system: You are a helpful assistant.
user:
Analyze the provided spectrum to determine if it is a **"Cataclysmic Variables (CV)"**.

- **Key Indicators for CV (Check for either state):**
    - **State 1: Quiescent / Low-State (Emission-Dominated)**
        - **(Primary):** Strong and *very broad* Hydrogen Balmer emission lines (e.g., $H\alpha$ at 6563 Å, $H\beta$ at 4861 Å). The 'broadness' (high velocity dispersion, often FWHM > 1000 km/s) is the key diagnostic, indicating a high-velocity accretion disk.
        - **(Secondary):** Broad neutral Helium (He I) emission lines (e.g., 5876 Å, 6678 Å).
        - **(Key Confirmation):** Presence of high-excitation *ionized* Helium (He II) emission at 4686 Å. This is a strong indicator of accretion onto a white dwarf.
        - **(Line Profile):** Emission lines may exhibit a 'double-peaked' profile, which is a classic signature of a rotating accretion disk viewed at high inclination.

    - **State 2: Outburst / High-State (Absorption-Dominated)**
        - **(Primary):** Spectrum is dominated by a bright, blue continuum (looks like a hot star).
        - **(Secondary):** The emission lines from State 1 are weak, absent, or 'filled in', and are replaced by broad, shallow *absorption* lines (primarily Balmer and He I).
        - **(Morphology):** The overall spectrum mimics a hot B/A-type star. The crucial difference is that the absorption lines are significantly broader, shallower, and more 'washed-out' (or 'smeared') than the sharp lines of a normal stellar photosphere, due to high rotational speeds and pressure broadening in the disk.

Think first, call **spectral_visualization_tool** if needed to examine features in detail, then provide your final answer. Your response must adhere to the following strict rules:
1.  **Overall Structure:** Your response must follow the format `<think>...</think> <tool_call>...</tool_call> (if a tool is used) <answer>...</answer>`.
2.  **Tool Usage Constraint:** You may only make **one** tool call per turn.
3.  **Final Answer Format:** In the `<answer>` tag, your conclusion must be inside a `\boxed{}` command (e.g., `\boxed{YES}`), followed by your justification.

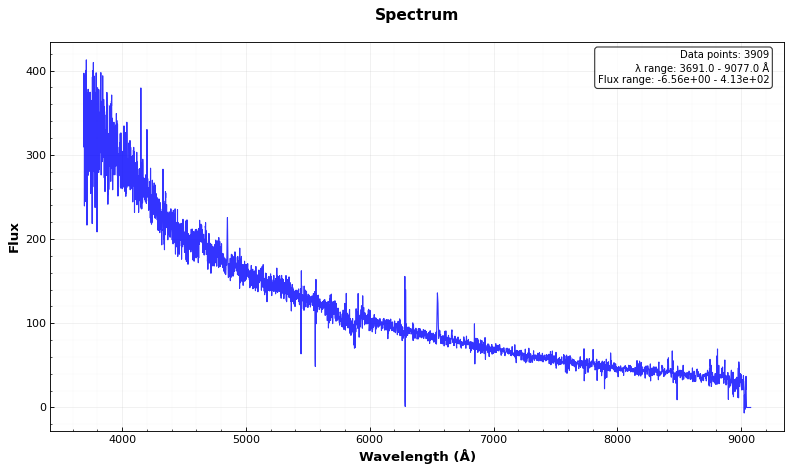
Answer: YES